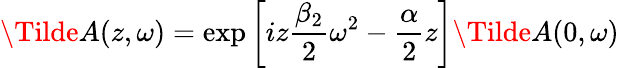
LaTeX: \Tilde{A}(z,\omega)=\exp\left[iz\frac{\beta_{2}}{2}\omega^{2}-\frac{\alpha}{2}z\right]\Tilde{A}(0,\omega)